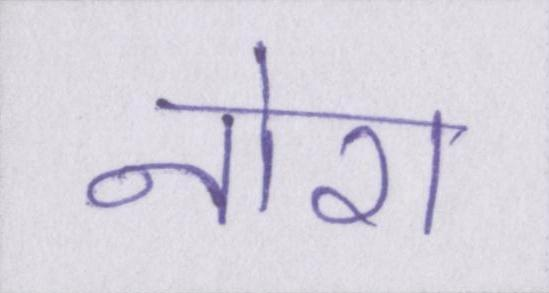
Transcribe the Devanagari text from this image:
नोरा